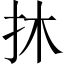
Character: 𢪮